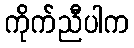
ကိုက်ညီပါက